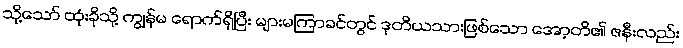
သို့သော် ထုံးခိုသို့ ကျွန်မ ရောက်ရှိပြီး များမကြာခင်တွင် ဒုတိယသားဖြစ်သော အော့တိ၏ ဇနီးလည်း